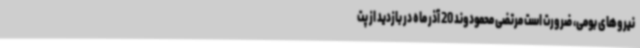
نیروهای بومی، ضرورت است مرتضی محمودوند 20 آذر ماه در بازدید از پت